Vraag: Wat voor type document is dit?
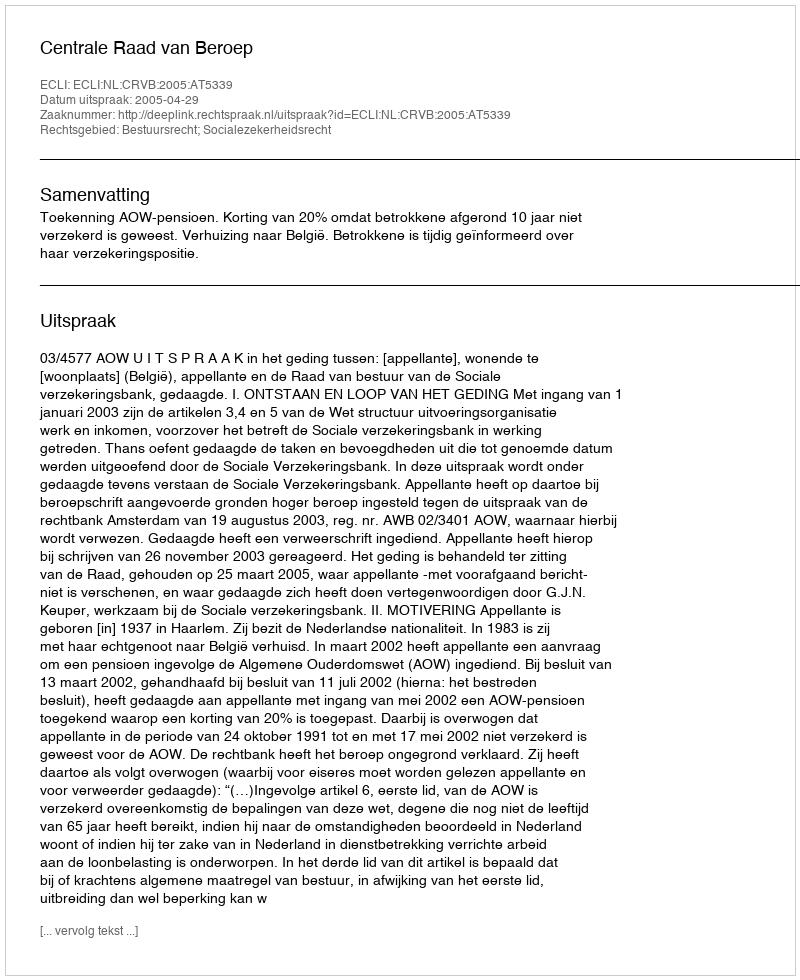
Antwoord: Uitspraak